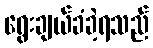
ရွေးချယ်ခံခဲ့ရသည်